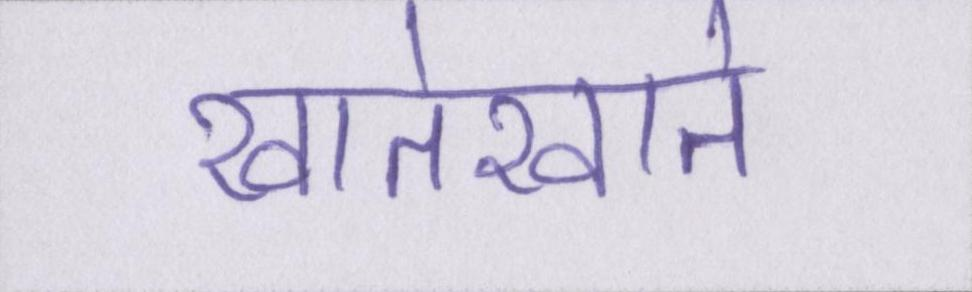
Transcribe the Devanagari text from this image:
खातेखाते